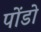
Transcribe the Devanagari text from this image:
पोंडो